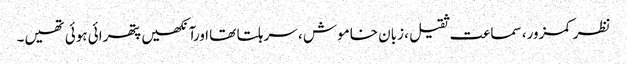
نظر کمزور، سماعت ثقیل ، زبان خاموش ، سر ہلتا تھا اورآنکھیں پتھرائی ہوئی تھیں۔